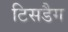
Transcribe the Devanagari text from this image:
टिसडैग